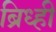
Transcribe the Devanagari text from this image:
ब्रिध्ही